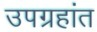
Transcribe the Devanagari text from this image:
उपग्रहांत